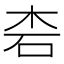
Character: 𱣆